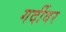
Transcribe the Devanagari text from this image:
गर्दीवर